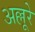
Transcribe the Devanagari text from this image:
अल्लूरे